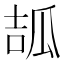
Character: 𤫶